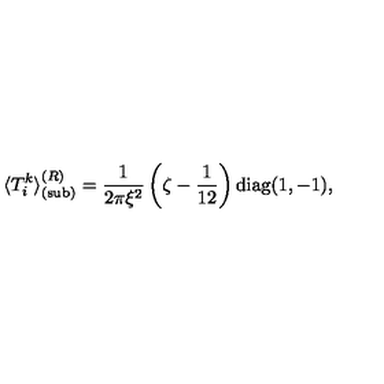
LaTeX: \langle T _ { i } ^ { k } \rangle _ { { \mathrm { ( s u b ) } } } ^ { ( R ) } = \frac { 1 } { 2 \pi \xi ^ { 2 } } \left( \zeta - \frac { 1 } { 1 2 } \right) { \mathrm { d i a g } } ( 1 , - 1 ) ,